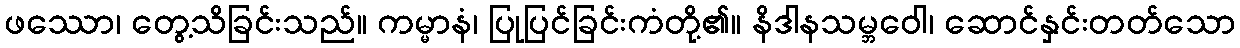
ဖဿော၊ တွေ့သိခြင်းသည်။ ကမ္မာနံ၊ ပြုပြင်ခြင်းကံတို့၏။ နိဒါနသမ္ဘဝေါ၊ ဆောင်နှင်းတတ်သော